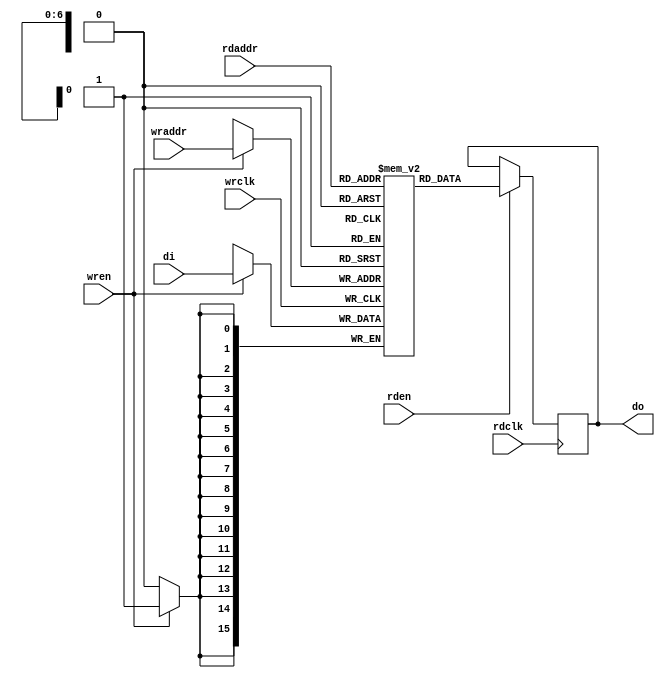
module ram0#(
    parameter DWIDTH=16,
    parameter AWIDTH=7,
    parameter RAM_TYPE = "block"
    )(                                                          
    // Write port                                                     
    input wrclk,                                                      
    input [DWIDTH-1:0] di,                                                  
    input wren,                                                       
    input [AWIDTH-1:0] wraddr,                                               
    // Read port                                                      
    //input rdclk, 
    input rdclk,                                                      
    input rden,                                                       
    input [AWIDTH-1:0] rdaddr,                                               
    output reg [DWIDTH-1:0] do);                                            
             
    localparam BRAM_DEPTH = (1<<AWIDTH);                                                         
    
    (* ram_style = RAM_TYPE *) reg [DWIDTH-1:0] ram[0:BRAM_DEPTH-1];                 
                                                                      
    initial begin                                                     
        ram[0] = 16'b00000000_00000001;                               
        ram[1] = 16'b10101010_10101010;                               
        ram[2] = 16'b01010101_01010101;                               
        ram[3] = 16'b11111111_11111111;                               
        ram[4] = 16'b11110000_11110000;                               
        ram[5] = 16'b00001111_00001111;                               
        ram[6] = 16'b11001100_11001100;                               
        ram[7] = 16'b00110011_00110011;                               
        ram[8] = 16'b00000000_00000010;                               
        ram[9] = 16'b00000000_00000100;                               
    end                                                               
                                                                      
    always @ (posedge wrclk) begin                                    
        if(wren == 1) begin                                           
            ram[wraddr] <= di;                                        
        end                                                           
    end                                                               
                                                                      
    always @ (posedge rdclk) begin                                    
        if(rden == 1) begin                                           
            do <= ram[rdaddr];                                        
        end                                                           
    end                                                               
                                                                      
endmodule